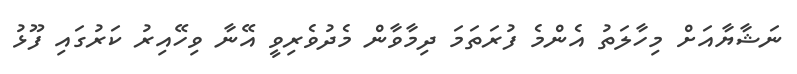
ނަޝާޔާއަށް މިހާލަތު އެންމެ ފުރަތަމަ ދިމާވާން މެދުވެރިވީ އޭނާ ވިހޭއިރު ކަރުގައި ފޫޅު